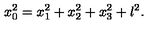
x _ { 0 } ^ { 2 } = x _ { 1 } ^ { 2 } + x _ { 2 } ^ { 2 } + x _ { 3 } ^ { 2 } + l ^ { 2 } .